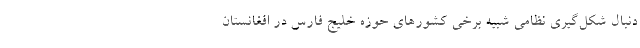
دنبال شكل‌گيري نظامي شبيه برخي كشورهاي حوزه خليج فارس در افغانستان